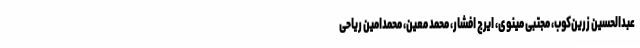
عبدالحسین زرین‌کوب، مجتبی مینوی، ایرج افشار، محمد معین، محمدامین ریاحی